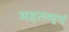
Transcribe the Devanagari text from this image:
महतव्पूर्ण